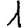
Digit: 1